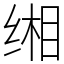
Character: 缃